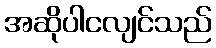
အဆိုပါငလျင်သည်